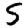
Digit: 5